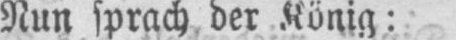
Nun sprach der König: